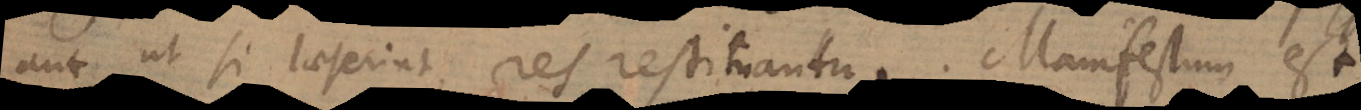
aut ut si laeserint, res restituantur. Manifestum est